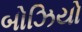
બોઝિયો